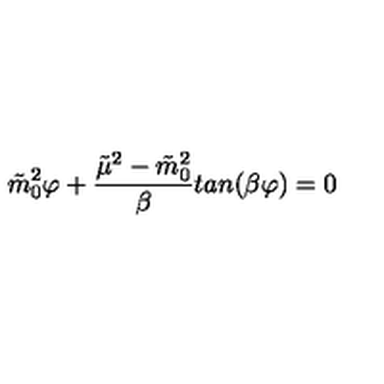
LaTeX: \tilde { m } _ { 0 } ^ { 2 } \varphi + { \frac { \tilde { \mu } ^ { 2 } - \tilde { m } _ { 0 } ^ { 2 } } { \beta } } t a n ( \beta \varphi ) = 0